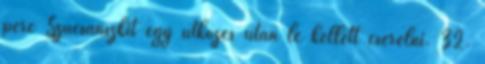
perc Szucsánszkit egy ütközés után le kellett cserélni. 32.